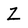
Character: Z